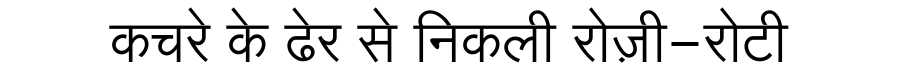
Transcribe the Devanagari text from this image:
कचरे के ढेर से निकली रोज़ी-रोटी